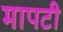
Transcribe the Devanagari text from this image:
मापटी